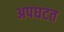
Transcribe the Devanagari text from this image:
अपघटत